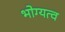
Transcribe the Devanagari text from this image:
भोग्यत्व